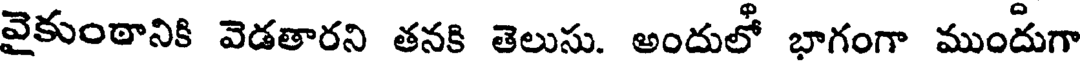
వైకుంఠానికి వెడతారని తనకి తెలుసు. అందులో భాగంగా ముందుగా